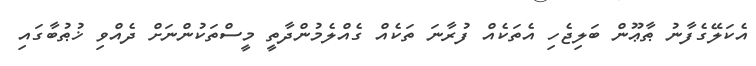
އެކަލޭގެފާނު ޠާޢޫން ބަލިޖެހި އެތަކެއް ފުރާނަ ތަކެއް ގެއްލެމުންދާތީ މީސްތަކުންނަށް ދެއްވި ޚުޠުބާގައި